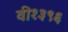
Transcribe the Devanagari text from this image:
वी१३९६